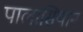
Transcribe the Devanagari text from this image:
पालासियान